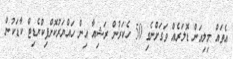
އެތައް މިލިއަން ޑޮލަރެއް ވަގަށްނެގި 50 ހެކަރުން ރަޝިއާ އިން ހައްޔަރުކޮށްފިކްރެޑިޓް ކާޑަކުން